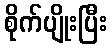
စိုက်ပျိုးပြီး